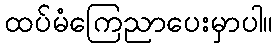
ထပ်မံကြေညာပေးမှာပါ။